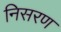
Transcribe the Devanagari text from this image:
निसरण